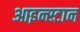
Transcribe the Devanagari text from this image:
आइन्स्टान